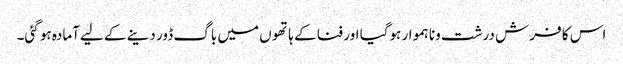
اس کا فرش درشت ونا ہموار ہوگیا اور فنا کے ہاتھو ں میں باگ ڈور دینے کے لیےآمادہ ہو گئی۔